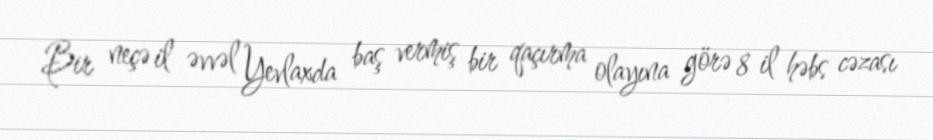
Bir neçə il əvvəl Yevlaxda baş vermiş bir qaçırma olayına görə 8 il həbs cəzası